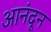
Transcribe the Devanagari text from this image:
आनंदून